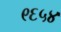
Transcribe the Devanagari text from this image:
९६५४